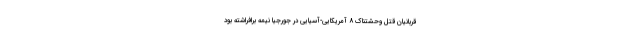
قربانیان قتل وحشتناک ۸ آمریکایی-آسیایی در جورجیا نیمه برافراشته بود